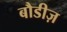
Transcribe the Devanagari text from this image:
बौडीज़